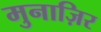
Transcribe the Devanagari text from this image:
मुनाज़िर